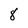
Character: 8